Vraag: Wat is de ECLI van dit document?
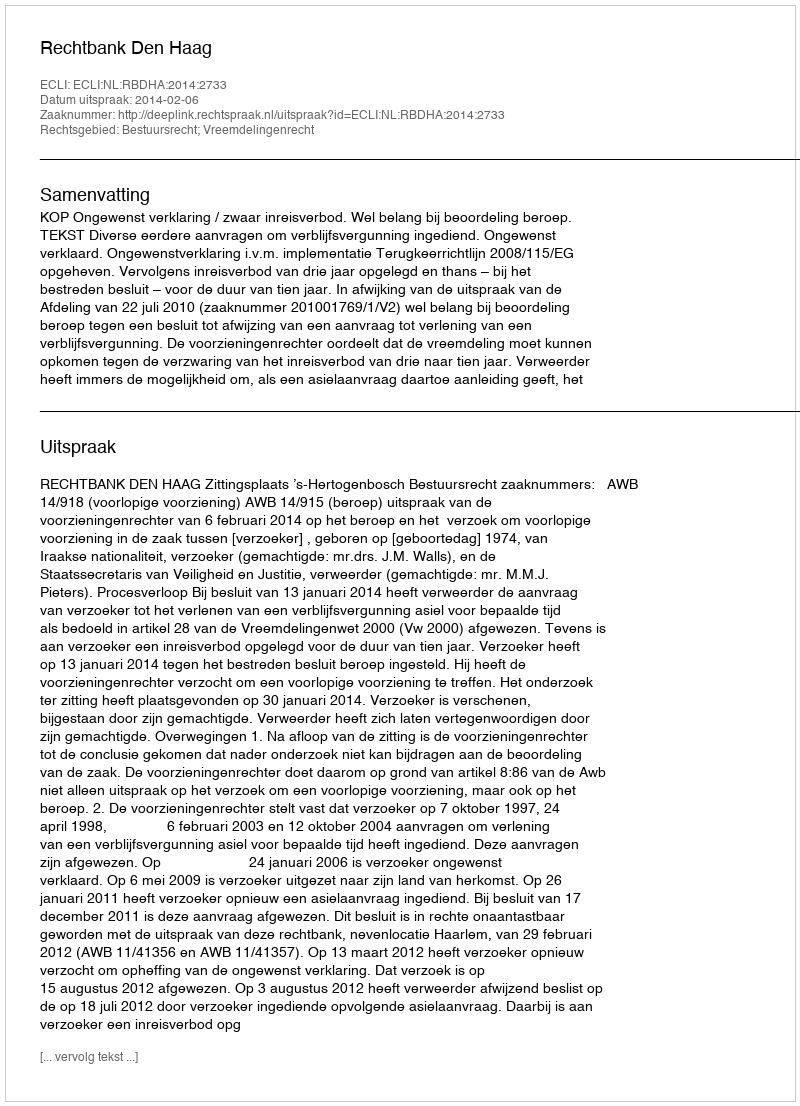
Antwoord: ECLI:NL:RBDHA:2014:2733